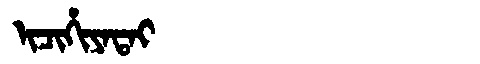
Manchu: ᡳᠴᡳᡥᡳᠶᠠᡨᠠᡳ
Romanization: ICIHIYATAI